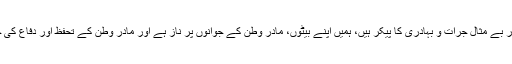
انہوں نے کہا کہ ہماری مسلح افواج جذبہ شہادت، پیشہ ورانہ مہارت اور بے مثال جرات و بہادری کا پیکر ہیں، ہمیں اپنے بیٹوں، مادر وطن کے جوانوں پر ناز ہے اور مادر وطن کے تحفظ اور دفاع کی خاطر خون بہانے کے لیے میں محاذ جنگ پر جانے کے لیے تیار ہوں۔